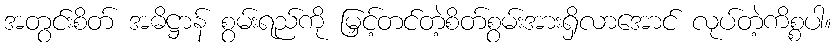
အတွင်းစိတ် အဓိဋ္ဌာန် စွမ်းရည်ကို မြှင့်တင်တဲ့စိတ်စွမ်းအားရှိလာအောင် လုပ်တဲ့ကိစ္စပါ။